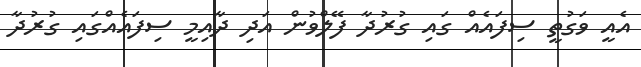
އެއީ ވަގުތީ ސިފައެއް ގައި ގުރުދާ ފޭލްވުން އަދި ދާއިމީ ސިފައެއްގައި ގުރުދާ